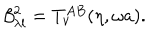
\beta _ { \lambda l } ^ { 2 } = T _ { \nu } ^ { A B } ( \eta , \omega a ) .